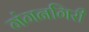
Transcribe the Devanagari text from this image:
गंगनगिरी